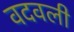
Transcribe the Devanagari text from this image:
वदवली